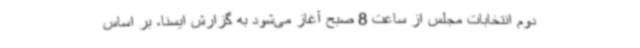
دوم انتخابات مجلس از ساعت 8 صبح آغاز می‌شود به گزارش ایسنا، بر اساس